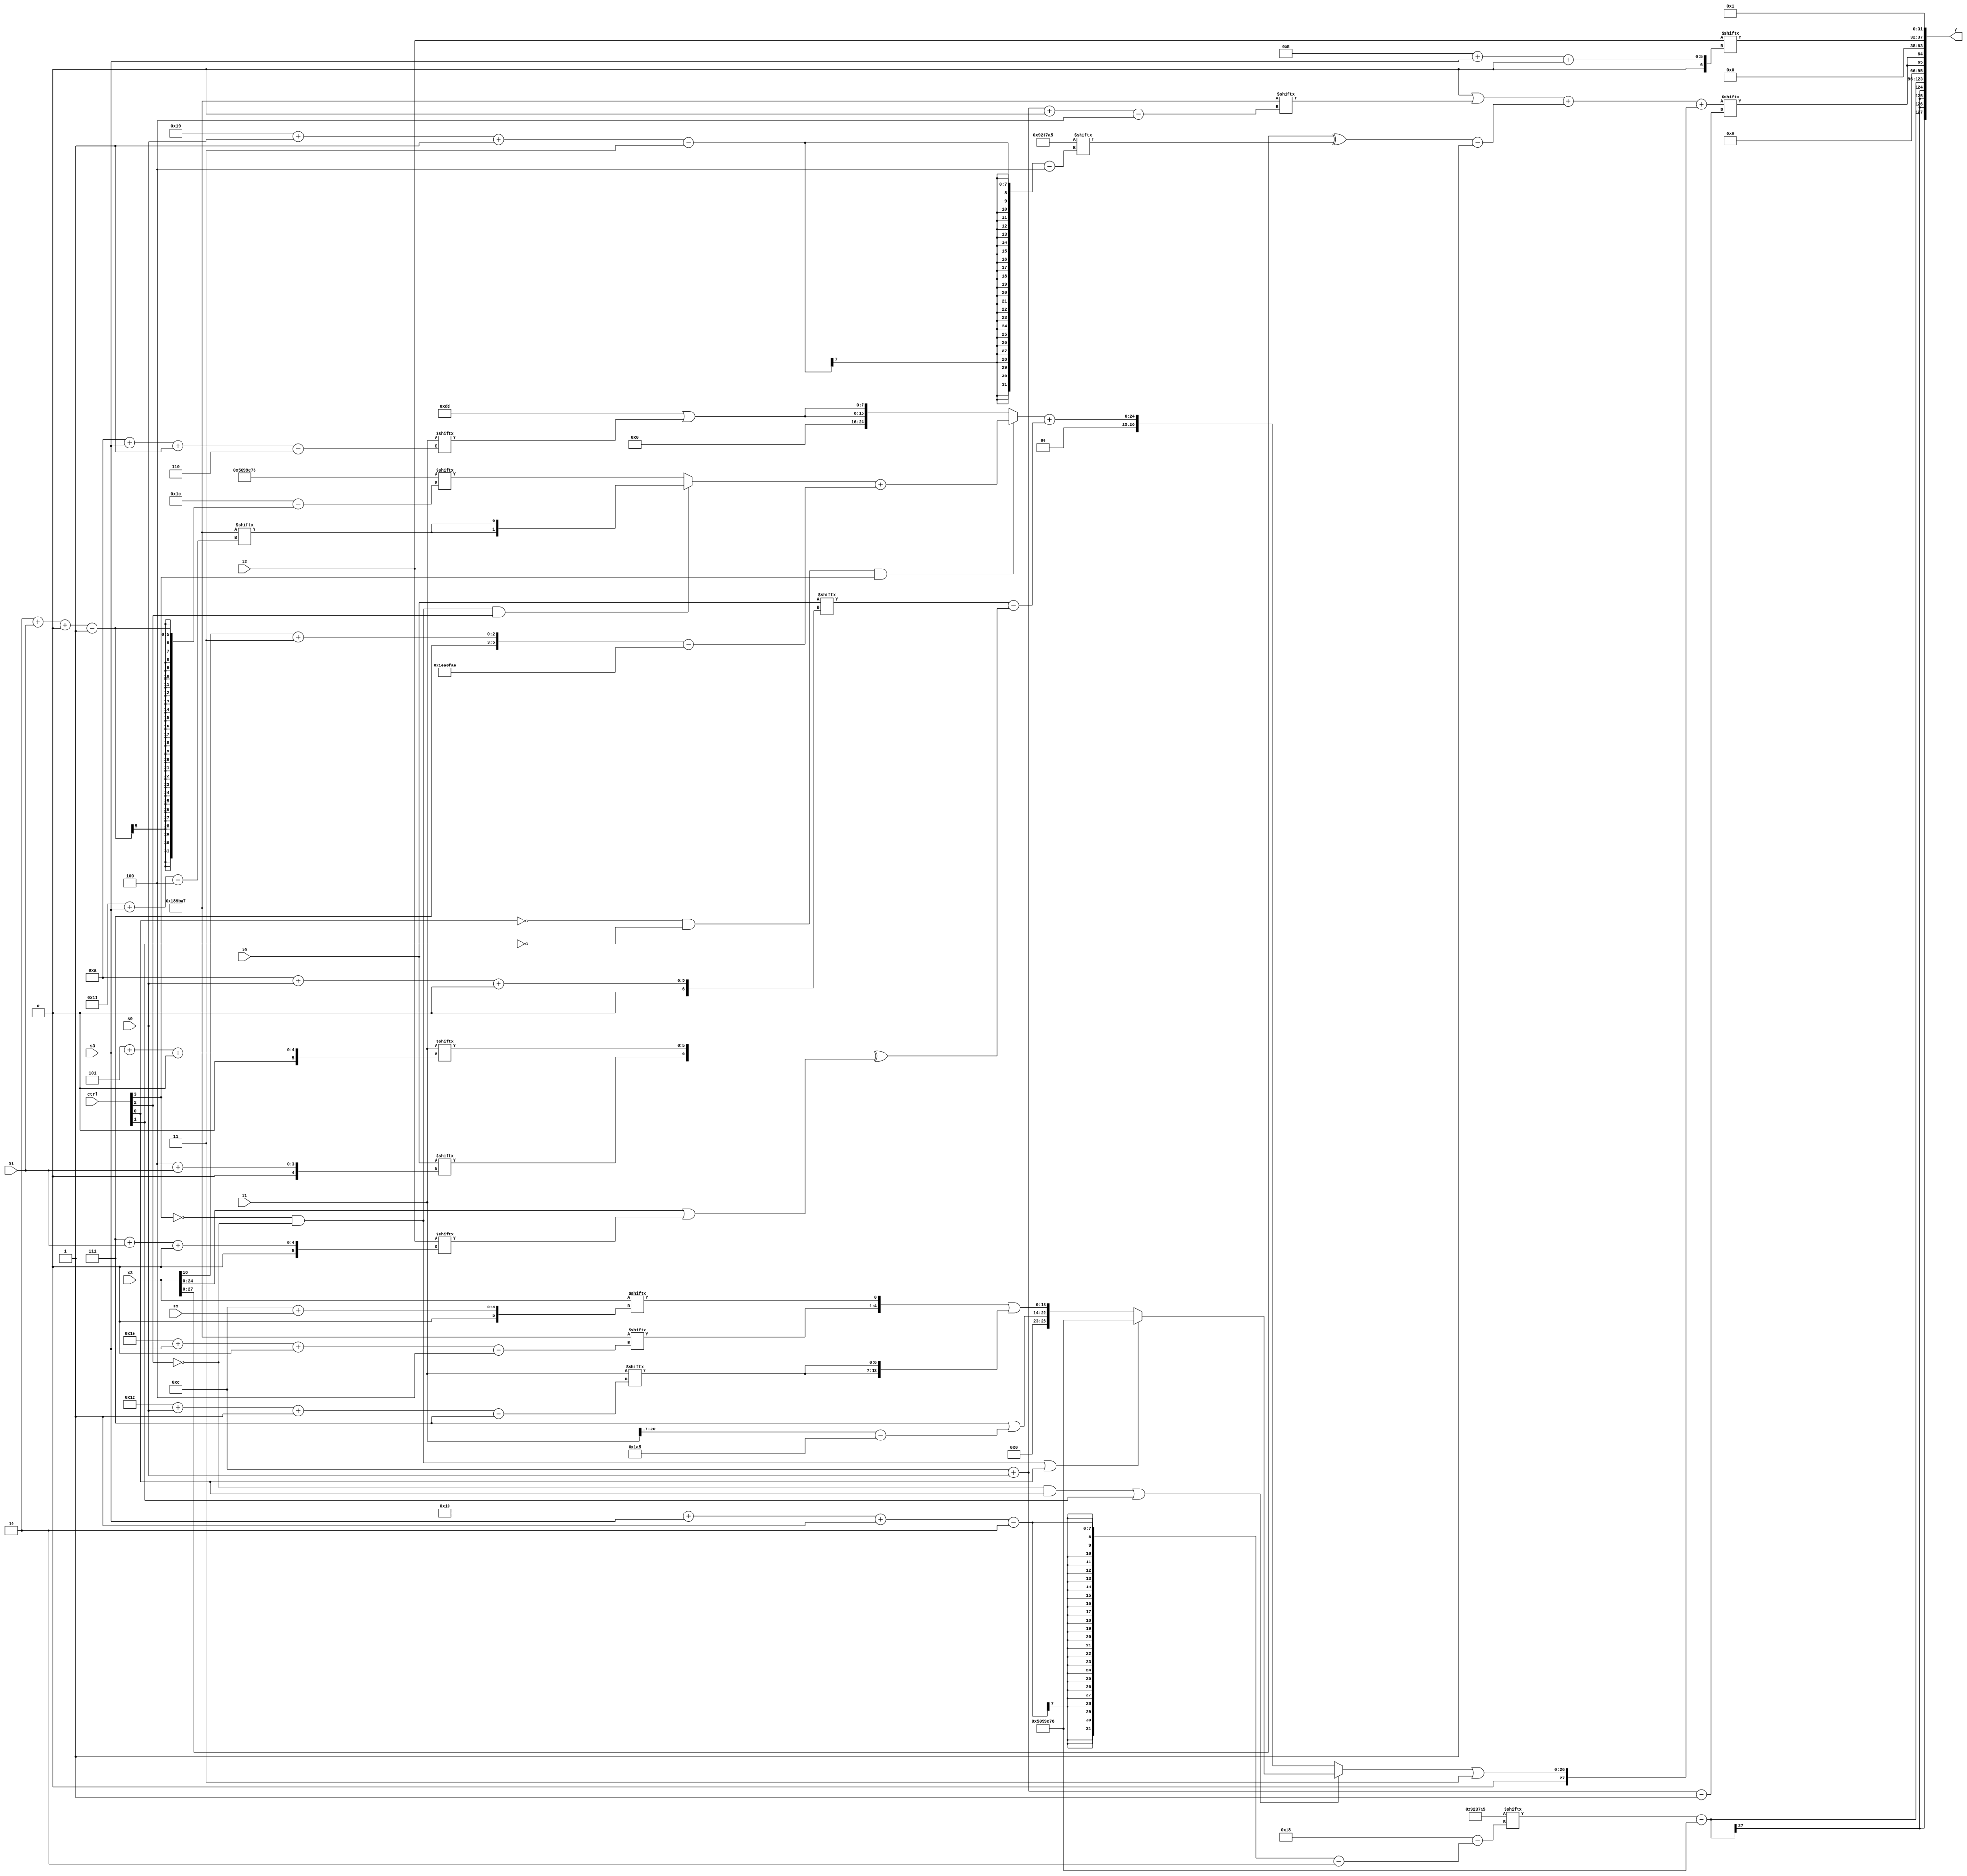
module partsel_00793(ctrl, s0, s1, s2, s3, x0, x1, x2, x3, y);
  input [3:0] ctrl;
  input [2:0] s0;
  input [2:0] s1;
  input [2:0] s2;
  input [2:0] s3;
  input [31:0] x0;
  input signed [31:0] x1;
  input [31:0] x2;
  input signed [31:0] x3;
  wire [24:2] x4;
  wire signed [30:1] x5;
  wire signed [5:29] x6;
  wire [27:1] x7;
  wire signed [7:25] x8;
  wire signed [31:4] x9;
  wire [6:24] x10;
  wire [28:4] x11;
  wire [28:1] x12;
  wire [24:7] x13;
  wire [5:29] x14;
  wire signed [25:2] x15;
  output [127:0] y;
  wire [31:0] y0;
  wire [31:0] y1;
  wire [31:0] y2;
  wire [31:0] y3;
  assign y = {y0,y1,y2,y3};
  localparam [5:26] p0 = 2756526;
  localparam signed [1:30] p1 = 84516470;
  localparam signed [2:27] p2 = 680671141;
  localparam signed [26:4] p3 = 119053223;
  assign x4 = {2{{{{{2{p0[15 -: 2]}}, (x1[18 -: 4] + p2[18])}, (p2[20 -: 3] | (x1[20 -: 4] - p2))}, ({p1[13 -: 2], {p3[30 + s3 +: 4], x3[12 + s2]}} | {2{x1[18 + s0 -: 7]}})}}};
  assign x5 = {2{p1[10 + s1 +: 8]}};
  assign x6 = ((!ctrl[0] && !ctrl[1] && ctrl[3] ? ((!ctrl[3] && !ctrl[2] && ctrl[2] ? {2{p3[17 + s3]}} : p1[2 + s1 +: 2]) + ({p0[14 +: 4], (x3[18] + p1[17 +: 3])} - {p0[17 +: 3], p0})) : {2{({2{p2[19 +: 4]}} | x1[10 + s3 -: 6])}}) + (x0[10 + s0 +: 2] - {2{({x0[4 + s1], x1[5 + s3 +: 6]} ^ (x3 | x2[7 + s1 +: 1]))}}));
  assign x7 = {2{(({{2{x0}}, {2{x4[13 + s0 +: 6]}}} + (x5[14 + s2 +: 5] + {p1[13 +: 1], x4})) - (x3[19 + s0] | x3[9 +: 4]))}};
  assign x8 = p2[18 + s3 -: 5];
  assign x9 = p1[9 +: 4];
  assign x10 = x4[23 + s3 -: 1];
  assign x11 = p2;
  assign x12 = ((({2{p3[18 -: 1]}} | p3[12 + s0 +: 2]) + (({2{x3}} ^ x11[25 + s0 -: 3]) - p2[15])) + ({2{(!ctrl[2] && ctrl[0] || ctrl[1] ? (!ctrl[3] && !ctrl[2] || ctrl[0] ? p1 : x4) : x6)}} | {2{p1[14]}}));
  assign x13 = x7[23 + s2 +: 2];
  assign x14 = x3;
  assign x15 = x1[4 + s1];
  assign y0 = (p2[16 + s3 -: 2] - (p1 & p1));
  assign y1 = {2{x12[12 + s0]}};
  assign y2 = x2[8 + s3 +: 6];
  assign y3 = p0[15 +: 1];
endmodule